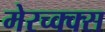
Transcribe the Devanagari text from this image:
मेरच्क्क्स